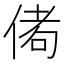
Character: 𬾭